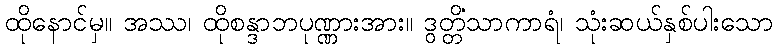
ထိုနောင်မှ။ အဿ၊ ထိုစန္ဒာဘပုဏ္ဏားအား။ ဒွတ္တိံသာကာရံ၊ သုံးဆယ်နှစ်ပါးသော